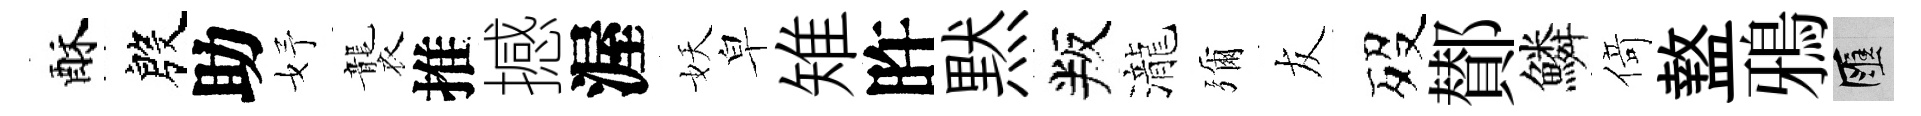
酥殷助妤襲推撼渥妖皁雉旿黙叛瀧彌友歿鄼鱗𠋣盩鴉匯